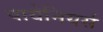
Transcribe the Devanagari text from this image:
पायेनियर्स